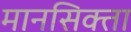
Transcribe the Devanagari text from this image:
मानसिक्ता